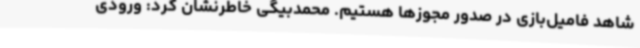
شاهد فامیل‌بازی در صدور مجوزها هستیم. محمدبیگی خاطرنشان کرد: ورودی